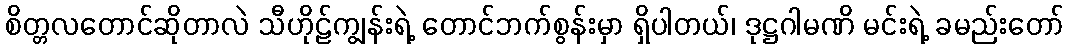
စိတ္တလတောင်ဆိုတာလဲ သီဟိုဠ်ကျွန်းရဲ့ တောင်ဘက်စွန်းမှာ ရှိပါတယ်၊ ဒုဋ္ဌဂါမဏိ မင်းရဲ့ ခမည်းတော်